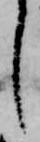
し